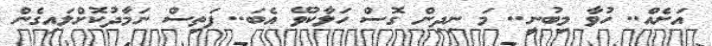
އަށެއް.. ހުވާ މިބުނީ.. މަ ނިދިން ގޮސް ހަލާކުވޭ އެބަ.. ފަތިސް ނަމާދުކޮށްލައިގެން